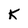
Character: K